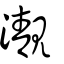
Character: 㵾